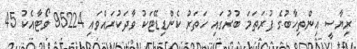
ރިޔާސީ އިންތިހާބުގެ ފުރަތަމަ ބުރުގައި ހަތަރު ކެންޑިޑޭޓަކު ވާދަކުރައްވައި 95224 ވޯޓާއެކު 45